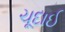
ચૂદાઈ